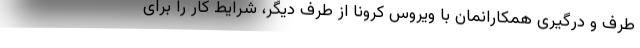
طرف و درگیری همکارانمان با ویروس کرونا از طرف دیگر، شرایط کار را برای